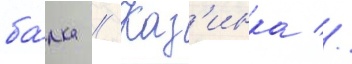
ба́лка // Каз'инка //